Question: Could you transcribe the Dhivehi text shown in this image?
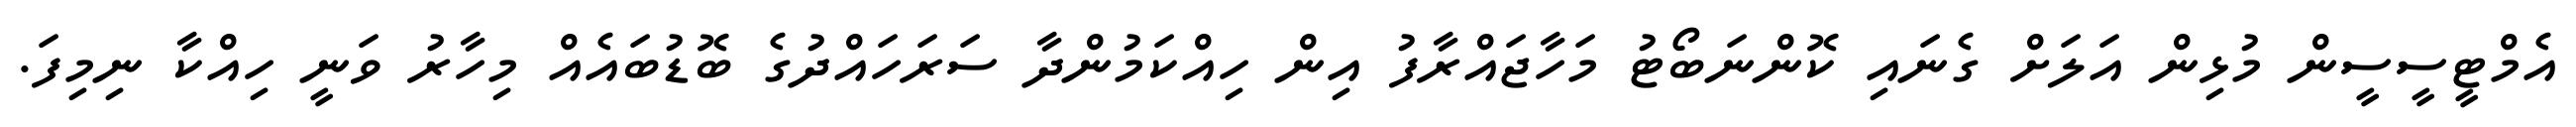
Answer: އެމްޓީސީސީން މުޅިން އަލަށް ގެނައި ކޮންނަބޯޓު މަހާޖައްރާފު އިން ހިއްކަމުންދާ ސަރަހައްދުގެ ބޮޑުބައެއް މިހާރު ވަނީ ހިއްކާ ނިމިފަ.